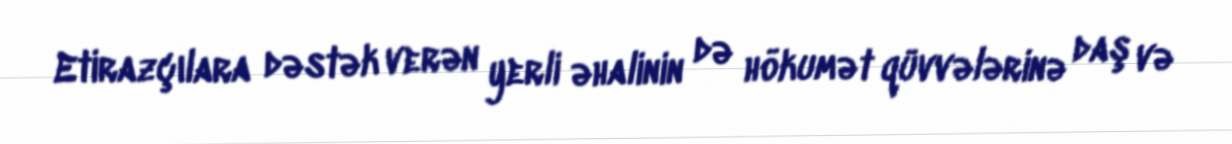
Etirazçılara dəstək verən yerli əhalinin də hökumət qüvvələrinə daş və